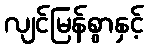
လျင်မြန်စွာနှင့်